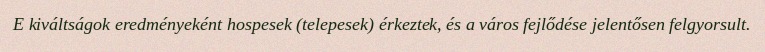
E kiváltságok eredményeként hospesek (telepesek) érkeztek, és a város fejlődése jelentősen felgyorsult.